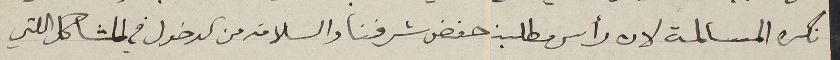
نكره المسالمة لان رأس مطلبن حفض شرفنا والسلامة من الدخول في المشاكل اللتي